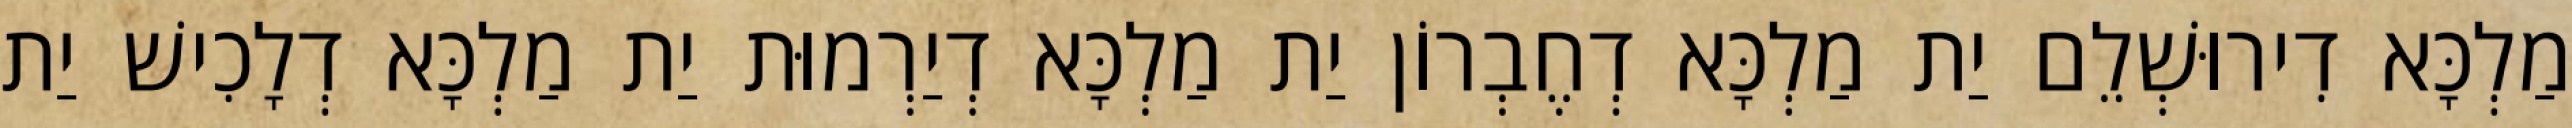
מַלְכָּא דִירוּשְׁלֵם יַת מַלְכָּא דְחֶבְרוֹן יַת מַלְכָּא דְיַרְמוּת יַת מַלְכָּא דְלָכִישׁ יַת